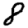
Digit: 8